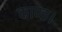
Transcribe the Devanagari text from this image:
काण्ड।